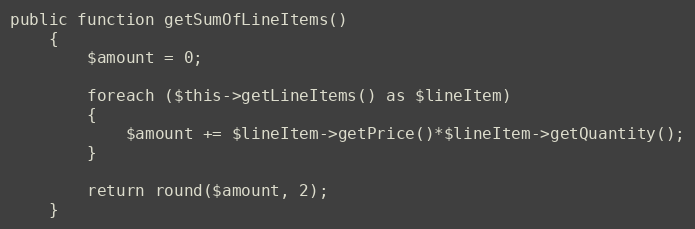
Language: PHP
public function getSumOfLineItems()
    {
        $amount = 0;

        foreach ($this->getLineItems() as $lineItem)
        {
            $amount += $lineItem->getPrice()*$lineItem->getQuantity();
        }

        return round($amount, 2);
    }